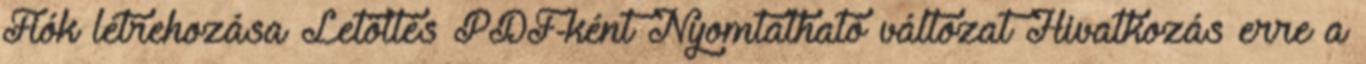
Fiók létrehozása Letöltés PDF-ként Nyomtatható változat Hivatkozás erre a